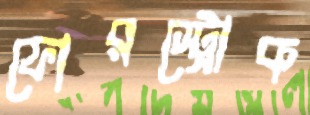
ফোরস্ট্রোক